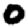
Digit: 0